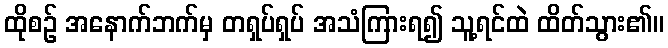
ထိုစဉ် အနောက်ဘက်မှ တရှပ်ရှပ် အသံကြားရ၍ သူ့ရင်ထဲ ထိတ်သွား၏။